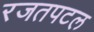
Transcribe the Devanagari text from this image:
रजतपटल